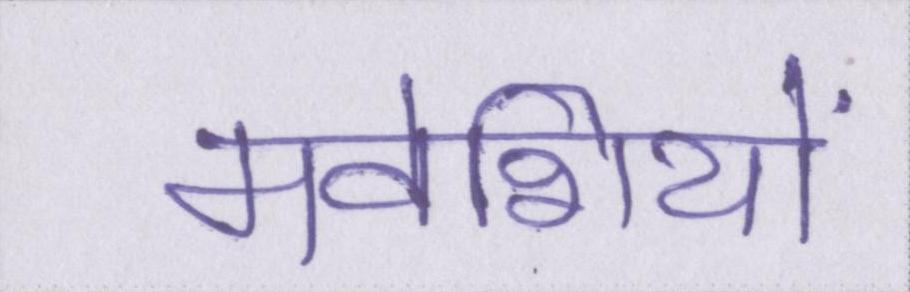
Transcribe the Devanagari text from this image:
मवेशियों